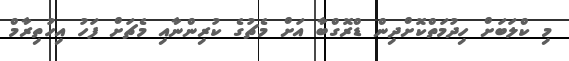
މި ކްލަބަށް ހިދުމަތްކޮށްދިން ޑްރޮގްބާ އަށް މެޗުގެ ކުރިންނާއި މެޗަށް ފަހު އިހުތިރާމް